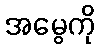
အမွေကို